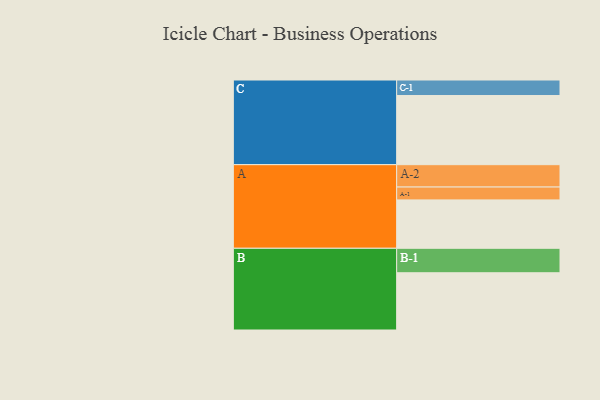
{"axis": {"x": "Segment", "y": "Value"}, "legend": ["", "A", "B", "C"], "data": [{"x": "A", "y": 409, "type": ""}, {"x": "B", "y": 484, "type": ""}, {"x": "C", "y": 585, "type": ""}, {"x": "A-1", "y": 109, "type": "A"}, {"x": "A-2", "y": 189, "type": "A"}, {"x": "B-1", "y": 207, "type": "B"}, {"x": "C-1", "y": 131, "type": "C"}]}